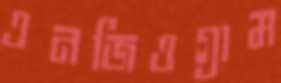
এনজিওগ্রাম